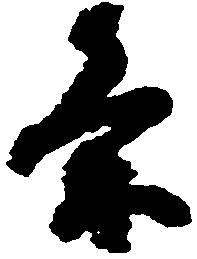
条